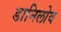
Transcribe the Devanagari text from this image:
डानिलोव